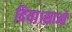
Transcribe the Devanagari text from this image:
दिया।साओ